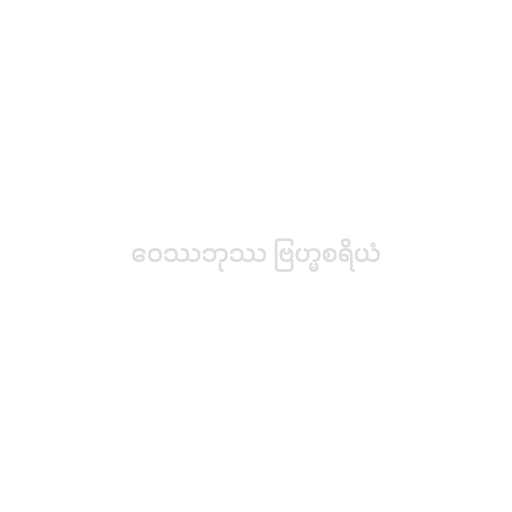
ဝေဿဘုဿ ဗြဟ္မစရိယံ